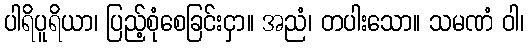
ပါရိပူရိယာ၊ ပြည့်စုံစေခြင်းငှာ။ အညံ၊ တပါးသော။ သမဏံ ဝါ၊